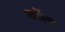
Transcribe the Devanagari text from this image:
फॉल्य